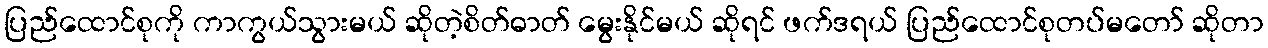
ပြည်ထောင်စုကို ကာကွယ်သွားမယ် ဆိုတဲ့စိတ်ဓာတ် မွေးနိုင်မယ် ဆိုရင် ဖက်ဒရယ် ပြည်ထောင်စုတပ်မတော် ဆိုတာ